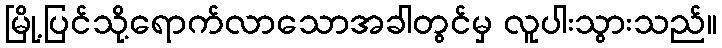
မြို့ပြင်သို့ရောက်လာသောအခါတွင်မှ လူပါးသွားသည်။